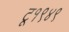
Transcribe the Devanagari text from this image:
टू१९४९